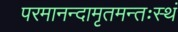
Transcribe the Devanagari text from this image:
परमानन्दामृतमन्तःस्थं